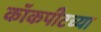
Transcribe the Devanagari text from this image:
कॉकपीटच्या